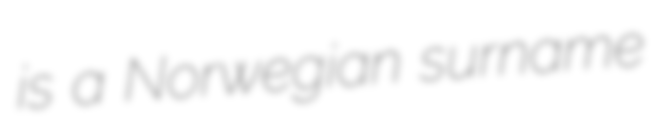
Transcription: is a Norwegian surname